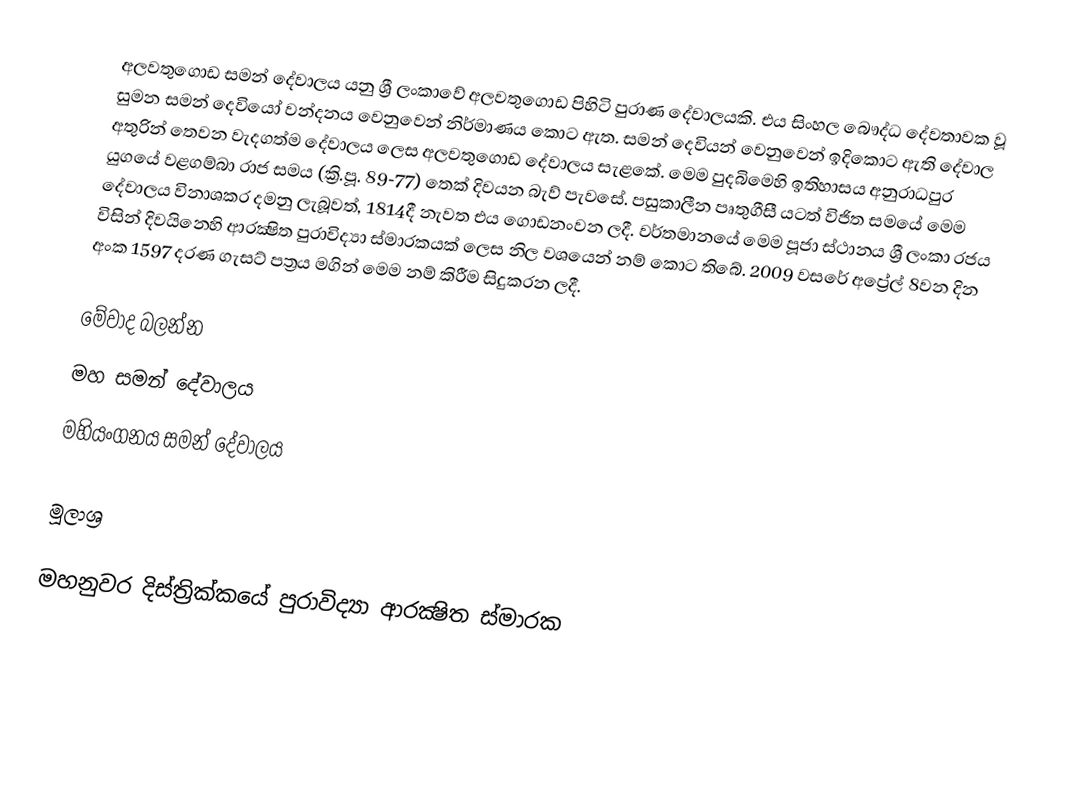
අලවතුගොඩ සමන් දේවාලය යනු ශ්‍රී ලංකාවේ අලවතුගොඩ පිහිටි පුරාණ දේවාලයකි. එය සිංහල බෞද්ධ දේවතාවක වූ සුමන සමන් දෙවියෝ වන්දනය වෙනුවෙන් නිර්මාණය කොට ඇත. සමන් දෙවියන් වෙනුවෙන් ඉදිකොට ඇති දේවාල අතුරින් තෙවන වැදගත්ම දේවාලය ලෙස අලවතුගොඩ දේවාලය සැළකේ. මෙම පුදබිමෙහි ඉතිහාසය අනුරාධපුර යුගයේ වළගම්බා රාජ සමය (ක්‍රි.පූ. 89-77) තෙක් දිවයන බැව් පැවසේ. පසුකාලීන පෘතුගීසී යටත් විජිත සමයේ මෙම දේවාලය විනාශකර දමනු ලැබූවත්, 1814දී නැවත එය ගොඩනංවන ලදී. වර්තමානයේ මෙම පූජා ස්ථානය ශ්‍රී ලංකා රජය විසින් දිවයිනෙහි ආරක්‍ෂිත පුරාවිද්‍යා ස්මාරකයක් ලෙස නිල වශයෙන් නම් කොට තිබේ. 2009 වසරේ අප්‍රේල් 8වන දින අංක 1597 දරණ ගැසට් පත්‍රය මගින් මෙම නම් කිරීම සිදුකරන ලදී.

මේවාද බලන්න
 මහ සමන් දේවාලය
 මහියංගනය සමන් දේවාලය

මූලාශ්‍ර

මහනුවර දිස්ත්‍රික්කයේ පුරාවිද්‍යා ආරක්‍ෂිත ස්මාරක